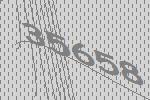
35658